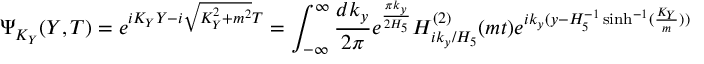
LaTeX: \Psi _ { K _ { Y } } ( Y , T ) = e ^ { i K _ { Y } Y - i \sqrt { K _ { Y } ^ { 2 } + m ^ { 2 } } T } = \int _ { - \infty } ^ { \infty } \frac { d k _ { y } } { 2 \pi } e ^ { \frac { \pi k _ { y } } { 2 H _ { 5 } } } H _ { i k _ { y } / H _ { 5 } } ^ { ( 2 ) } ( m t ) e ^ { i k _ { y } ( y - H _ { 5 } ^ { - 1 } \sinh ^ { - 1 } ( \frac { K _ { Y } } { m } ) ) }